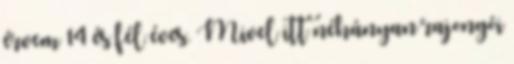
érvem 14 és fél éves. Mivel itt néhányan rajongói